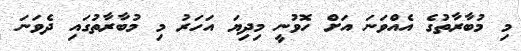
މި މުބާރާތުގެ އެއްވަނަ އަށް ހޮވުނީ މިދިޔަ އަހަރު މި މުބާރާތުގައި ދެވަނަ